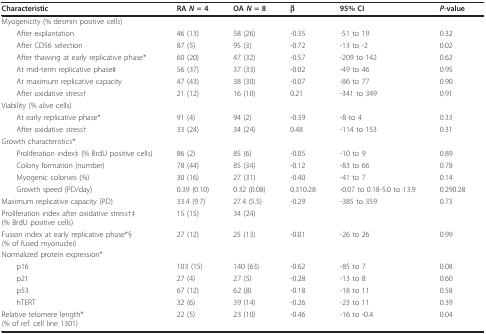
<table><thead><tr><td><b>Characteristic</b></td><td><b>RA <i>N </i>= 4</b></td><td><b>OA <i>N </i>= 8</b></td><td><b>β</b></td><td><b>95% CI</b></td><td><b><i>P</i>-value</b></td></tr></thead><tbody><tr><td>Myogenicity (% desmin positive cells)</td><td></td><td></td><td></td><td></td><td></td></tr><tr><td> After explantation</td><td>46 (13)</td><td>58 (26)</td><td>-0.35</td><td>-51 to 19</td><td>0.32</td></tr><tr><td> After CD56 selection</td><td>87 (5)</td><td>95 (3)</td><td>-0.72</td><td>-13 to -2</td><td>0.02</td></tr><tr><td> After thawing at early replicative phase*</td><td>60 (20)</td><td>47 (32)</td><td>-0.57</td><td>-209 to 142</td><td>0.62</td></tr><tr><td> At mid-term replicative phase#</td><td>56 (37)</td><td>37 (33)</td><td>-0.02</td><td>-49 to 46</td><td>0.95</td></tr><tr><td> At maximum replicative capacity</td><td>47 (43)</td><td>38 (30)</td><td>-0.07</td><td>-86 to 77</td><td>0.90</td></tr><tr><td> After oxidative stress†</td><td>21 (12)</td><td>16 (10)</td><td>0.21</td><td>-341 to 349</td><td>0.91</td></tr><tr><td>Viability (% alive cells)</td><td></td><td></td><td></td><td></td><td></td></tr><tr><td> At early replicative phase*</td><td>91 (4)</td><td>94 (2)</td><td>-0.39</td><td>-8 to 4</td><td>0.33</td></tr><tr><td> After oxidative stress†</td><td>33 (24)</td><td>34 (24)</td><td>0.48</td><td>-114 to 153</td><td>0.31</td></tr><tr><td>Growth characteristics*</td><td></td><td></td><td></td><td></td><td></td></tr><tr><td> Proliferation index‡ (% BrdU positive cells)</td><td>86 (2)</td><td>85 (6)</td><td>-0.05</td><td>-10 to 9</td><td>0.89</td></tr><tr><td> Colony formation (number)</td><td>78 (44)</td><td>85 (34)</td><td>-0.12</td><td>-83 to 66</td><td>0.78</td></tr><tr><td> Myogenic colonies (%)</td><td>30 (16)</td><td>27 (31)</td><td>-0.40</td><td>-41 to 7</td><td>0.14</td></tr><tr><td> Growth speed (PD/day)</td><td>0.39 (0.10)</td><td>0.32 (0.08)</td><td>0.310.28</td><td>-0.07 to 0.18-5.0 to 13.9</td><td>0.290.28</td></tr><tr><td>Maximum replicative capacity (PD)</td><td>33.4 (9.7)</td><td>27.4 (5.5)</td><td>-0.29</td><td>-385 to 359</td><td>0.73</td></tr><tr><td>Proliferation index after oxidative stress†‡(% BrdU positive cells)</td><td>15 (15)</td><td>34 (24)</td><td></td><td></td><td></td></tr><tr><td>Fusion index at early replicative phase*§(% of fused myonuclei)</td><td>27 (12)</td><td>25 (13)</td><td>-0.01</td><td>-26 to 26</td><td>0.99</td></tr><tr><td>Normalized protein expression*</td><td></td><td></td><td></td><td></td><td></td></tr><tr><td> p16</td><td>103 (15)</td><td>140 (63)</td><td>-0.62</td><td>-85 to 7</td><td>0.08</td></tr><tr><td> p21</td><td>27 (4)</td><td>27 (5)</td><td>-0.28</td><td>-13 to 8</td><td>0.60</td></tr><tr><td> p53</td><td>67 (12)</td><td>62 (8)</td><td>-0.18</td><td>-18 to 11</td><td>0.58</td></tr><tr><td> hTERT</td><td>32 (6)</td><td>39 (14)</td><td>-0.26</td><td>-23 to 11</td><td>0.39</td></tr><tr><td>Relative telomere length*(% of ref. cell line 1301)</td><td>22 (5)</td><td>23 (10)</td><td>-0.46</td><td>-16 to -0.4</td><td>0.04</td></tr></tbody></table>